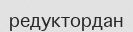
редуктордан